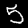
Label: 5